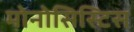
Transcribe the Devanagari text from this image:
मोनोसिस्टिस